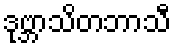
ဒုဗ္ဘာသိတဘာသီ